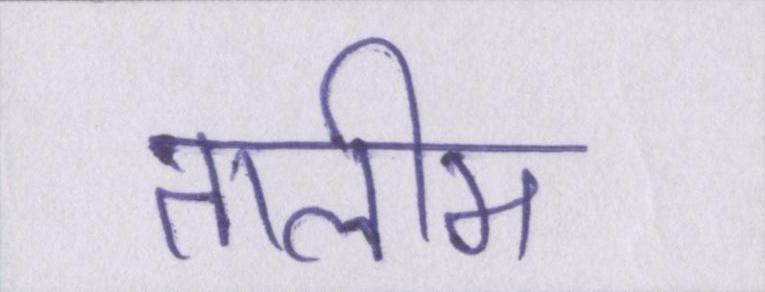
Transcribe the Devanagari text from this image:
तालीम